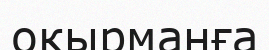
окырманға